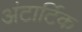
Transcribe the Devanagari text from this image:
अंटार्टिक